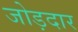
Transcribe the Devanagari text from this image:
जोड़दार